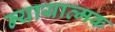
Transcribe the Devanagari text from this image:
न्यायात्मक